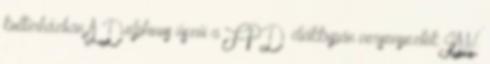
kultúrházban A Delphinus úszói a FPD diákkupán versenyeztek JAN.